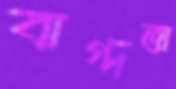
বাগ্দত্তা